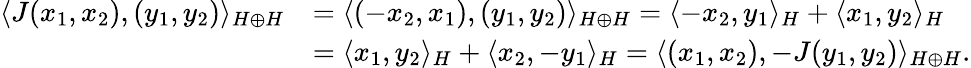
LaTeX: {\begin{array}{rl}{\langle J(x_{1},x_{2}),(y_{1},y_{2})\rangle_{H\oplus H}}&{=\langle(-x_{2},x_{1}),(y_{1},y_{2})\rangle_{H\oplus H}=\langle-x_{2},y_{1}\rangle_{H}+\langle x_{1},y_{2}\rangle_{H}}\\ &{=\langle x_{1},y_{2}\rangle_{H}+\langle x_{2},-y_{1}\rangle_{H}=\langle(x_{1},x_{2}),-J(y_{1},y_{2})\rangle_{H\oplus H}.}\end{array}}